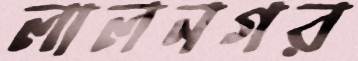
লালনগর